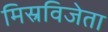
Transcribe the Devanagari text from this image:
मिस्रविजेता